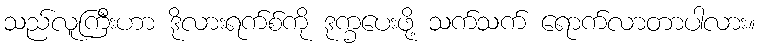
သည်လူကြီးဟာ ဒိုလားရက်စ်ကို ဒုက္ခပေးဖို့ သက်သက် ရောက်လာတာပါလား။